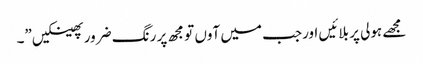
مجھے ہولی پر بلائیں اورجب میں آوں تو مجھ پر رنگ ضرور پھینکیں”۔